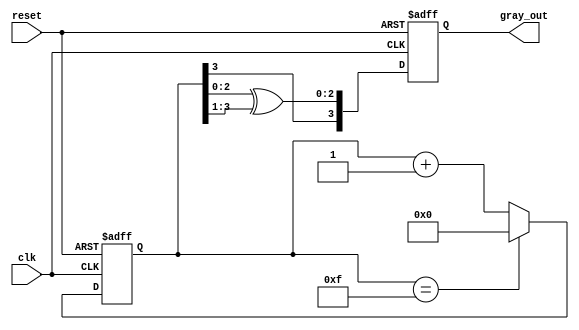
module gray_code_counter #(
    parameter N = 4  // Define the number of bits for the counter (default is 4)
)(
    input wire clk,          // Clock signal
    input wire reset,        // Active-high asynchronous reset
    output reg [N-1:0] gray_out // Gray code output
);

    reg [N-1:0] binary_count; // Binary counter register

    // Function to convert binary to Gray code
    function [N-1:0] binary_to_gray(input [N-1:0] binary);
        begin
            binary_to_gray = {binary[N-1], binary[N-2:0] ^ binary[N-1:1]};
        end
    endfunction

    // Sequential logic for the counter
    always @(posedge clk or posedge reset) begin
        if (reset) begin
            // If reset is asserted, initialize binary count to 0
            binary_count <= 0;
            gray_out <= binary_to_gray(0); // Gray code output also initialized
        end else begin
            // Increment binary count
            if (binary_count == (1 << N) - 1) begin
                binary_count <= 0; // Wrap around if maximum value is reached
            end else begin
                binary_count <= binary_count + 1; // Increment the binary counter
            end
            gray_out <= binary_to_gray(binary_count); // Update Gray code output
        end
    end

endmodule